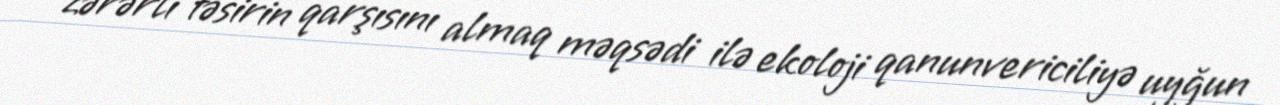
zərərli təsirin qarşısını almaq məqsədi ilə ekoloji qanunvericiliyə uyğun